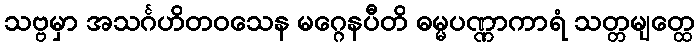
သဗ္ဗမှာ အသင်္ဂဟိတဝသေန မဂ္ဂေနပီတိ ဓမ္မပဏ္ဏာကာရံ သတ္တမျတ္ထေ